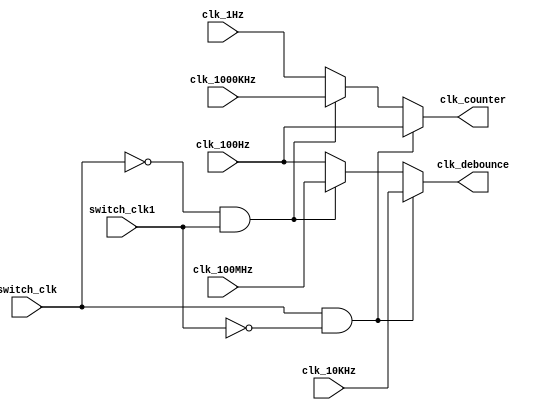
`timescale 1ns / 1ps
//////////////////////////////////////////////////////////////////////////////////
// Company: 
// Engineer: 
// 
// Design Name: 
// Module Name: Switch_clk
// Project Name: 
// Target Devices: 
// Tool Versions: 
// Description: 
// 
// Dependencies: 
// 
// Revision:
// Revision 0.01 - File Created
// Additional Comments:
// 
//////////////////////////////////////////////////////////////////////////////////

`define CLK_FAST 1
`define CLK_SLOW 0

module Switch_clk(
    input switch_clk,
    input switch_clk1,
    input clk_1Hz,
    input clk_100Hz,
    input clk_10KHz,
    input clk_1000KHz,
    input clk_100MHz,
    output reg clk_counter,
    output reg clk_debounce
    );
    
always @*
    if (switch_clk == `CLK_FAST && switch_clk1 == `CLK_SLOW) begin
        clk_counter = clk_100Hz;
        clk_debounce = clk_10KHz; 
    end 
    else if (switch_clk == `CLK_SLOW && switch_clk1 == `CLK_FAST) begin
        clk_counter = clk_1000KHz;
        clk_debounce = clk_100MHz;
    end
    else begin
        clk_counter = clk_1Hz;
        clk_debounce = clk_100Hz;
    end
endmodule